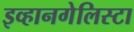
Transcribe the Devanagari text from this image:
इव्हानगेलिस्टा